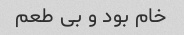
خام بود و بی طعم